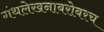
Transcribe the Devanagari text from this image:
गंथलेखनाबरोबरच